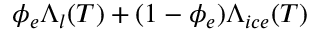
\phi _ { e } \Lambda _ { l } ( T ) + ( 1 - \phi _ { e } ) \Lambda _ { i c e } ( T )